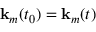
\mathbf { k } _ { m } ( t _ { 0 } ) = \mathbf { k } _ { m } ( t )